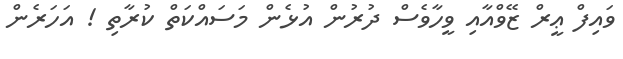
ވައިފް ޢީރް ޒޭވްއާއި ވީހާވެސް ދުރުން އުޅެން މަސައްކަތް ކުރާތި ! އަހަރެން